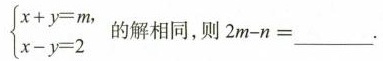
$$\left\{ \begin{matrix} x+y=m, \\ x-y=2 \\ \end{matrix} \right.$$ 解相同，月2m-n=___.